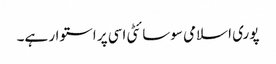
پوری اسلامی سوسائٹی اسی پر استوار ہے۔